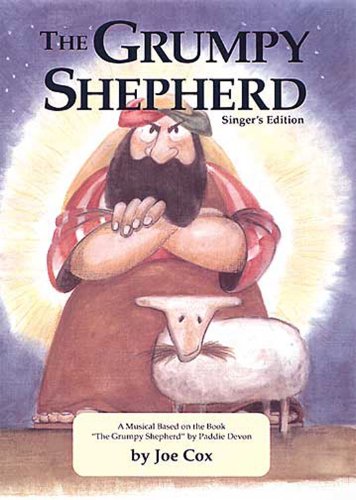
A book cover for Grumpy Shepherd Singer's Ed; Christian Books & Bibles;